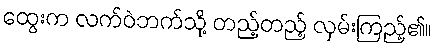
ထွေးက လက်ဝဲဘက်သို့ တည့်တည့် လှမ်းကြည့်၏။